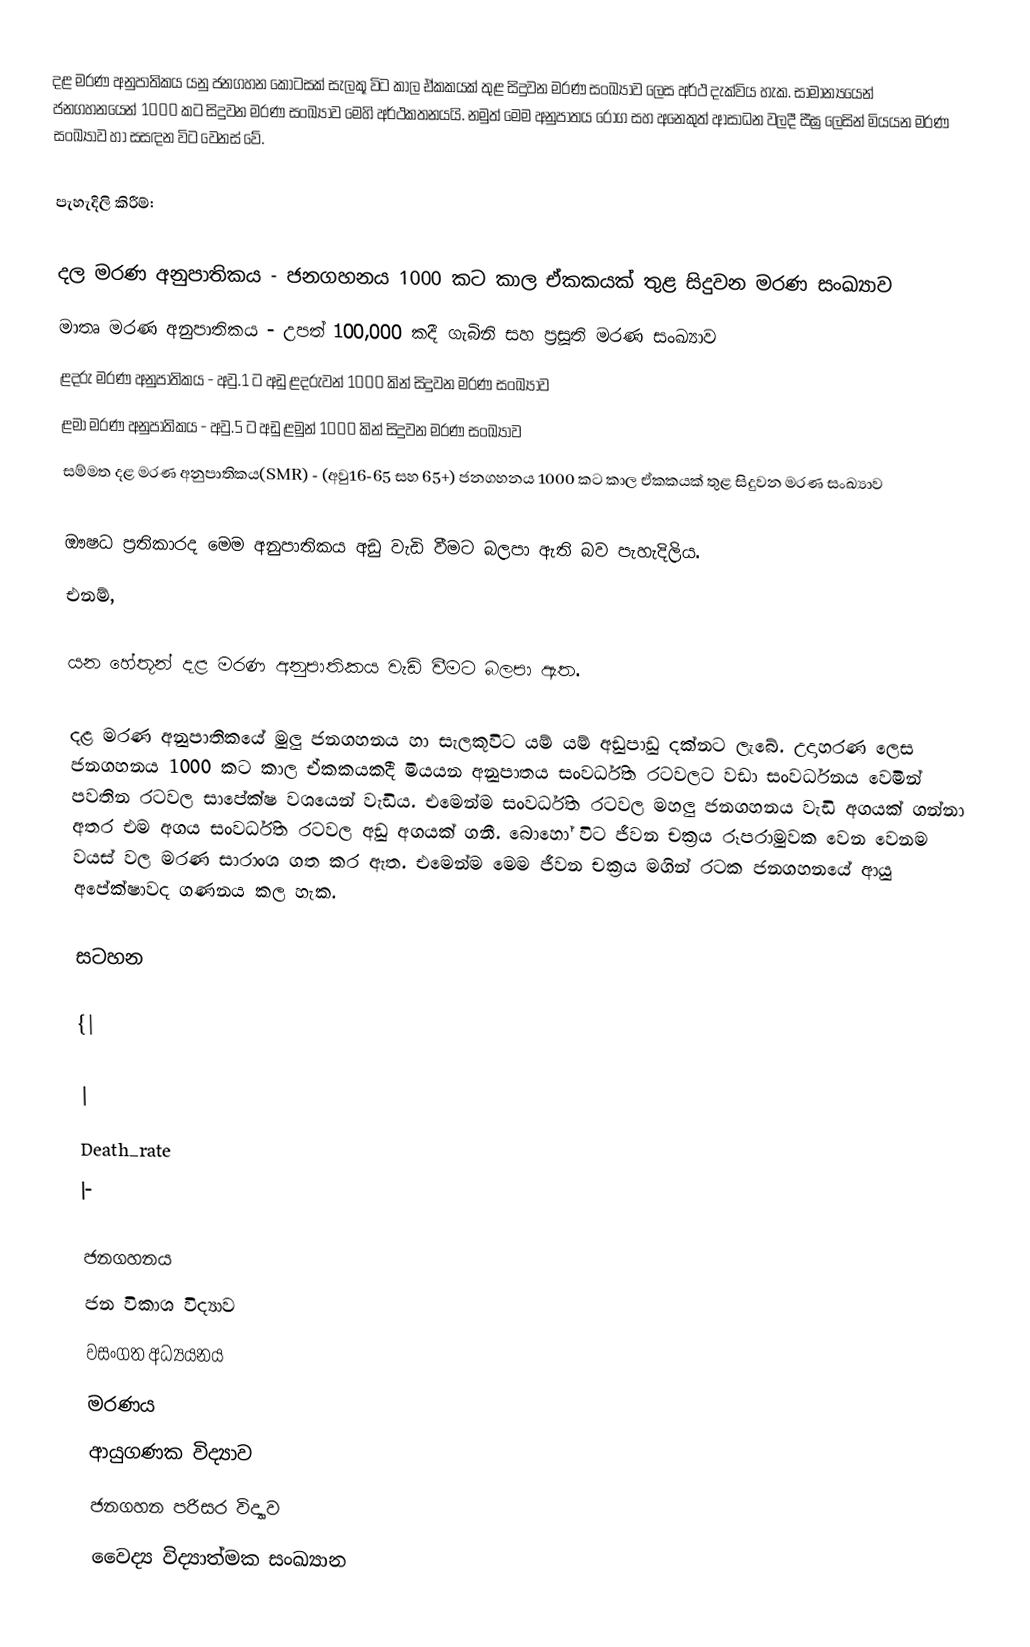
දළ මරණ අනුපාතිකය යනු ජනගහන කොටසක් සැලකූ විට කාල ඒකකයක් තුළ සිදුවන මරණ සංඛ්‍යාව ලෙස අර්ථ දැක්විය හැක. සාමාන්‍යයෙන් ජනගහනයෙන් 1000 කට සිදුවන මරණ සංඛ්‍යාව මෙහි අර්ථකතනයයි. නමුත් මෙම අනුපාතය රෝග සහ අනෙකුත් ආසාධන වලදී සීඝ්‍ර ලෙසින් මියයන මරණ සංඛ්‍යාව හා සසඳන විට වෙනස් වේ.

පැහැදිලි කිරීම්:

	දල මරණ අනුපාතිකය - ජනගහනය 1000 කට  කාල ඒකකයක් තුළ සිදුවන මරණ  සංඛ්‍යාව
	මාතෘ මරණ අනුපාතිකය -   උපත් 100,000 කදී ගැබිනි සහ ප්‍රසූති මරණ සංඛ්‍යාව
	ළදරු මරණ අනුපාතිකය -   අවු.1 ට අඩු ළදරුවන් 1000 කින් සිදුවන මරණ සංඛ්‍යාව
	ළමා  මරණ අනුපාතිකය -   අවු.5 ට අඩු ළමුන් 1000 කින් සිදුවන මරණ සංඛ්‍යාව
	සම්මත  දළ මරණ අනුපාතිකය(SMR)  - (අවු16-65 සහ 65+)  ජනගහනය 1000 කට කාල ඒකකයක් තුළ සිදුවන මරණ  සංඛ්‍යාව

ඖෂධ ප්‍රතිකාරද මෙම අනුපාතිකය අඩු වැඩි වීමට බලපා ඇති බව පැහැදිලිය.
එනම්,

යන හේතූන්  දළ මරණ අනුපාතිකය වැඩි වීමට බලපා ඇත.

දළ මරණ අනුපාතිකයේ  මුලු ජනගහනය හා සැලකූවිට යම් යම් අඩුපාඩු දක්නට ලැබේ. උදාහරණ ලෙස ජනගහනය 1000 කට කාල ඒකකයකදී මියයන අනුපාතය සංවර්ධිත රටවලට වඩා සංවර්ධනය වෙමින් පවතින රටවල සාපේක්ෂ වශයෙන් වැඩිය. එමෙන්ම සංවර්ධිත රටවල මහලු ජනගහනය වැඩි අගයක් ගන්නා අතර එම අගය සංවර්ධිත රටවල අඩු අගයක් ගනී. බොහෝ විට ජීවන චක්‍රය රූපරාමුවක වෙන වෙනම වයස් වල මරණ සාරාංශ ගත කර ඇත. එමෙන්ම මෙම ජීවන චක්‍රය මගින් රටක ජනගහනයේ ආයු අපේක්ෂාවද ගණනය කල හැක.

සටහන

{|

|
Death_rate
|-

ජනගහනය
ජන විකාශ විද්‍යාව
වසංගත අධ්‍යයනය
මරණය
ආයුගණක විද්‍යාව
ජනගහන පරිසර විද්‍යාව
වෛද්‍ය විද්‍යාත්මක සංඛ්‍යාන